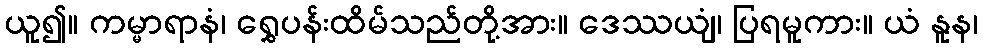
ယူ၍။ ကမ္မာရာနံ၊ ရွှေပန်းထိမ်သည်တို့အား။ ဒေဿယျံ၊ ပြရမူကား။ ယံ နူန၊